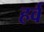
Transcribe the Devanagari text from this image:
हर्व